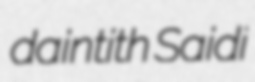
daintith Saidi